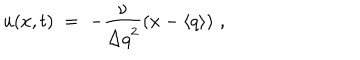
u ( x , t ) \; = \; - \frac { \nu } { { \Delta q } ^ { 2 } } \left( x - \langle q \rangle \right) \, ,